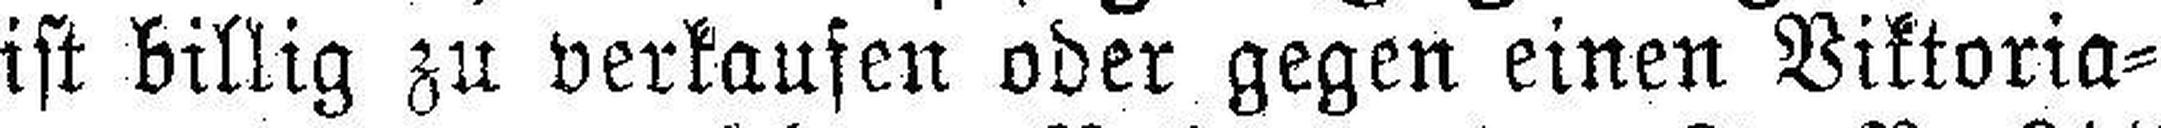
ist billig zu verkaufen oder gegen einen Viktoria¬